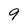
Character: 9